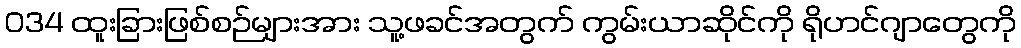
034 ထူးခြားဖြစ်စဉ်များအား သူ့ဖခင်အတွက် ကွမ်းယာဆိုင်ကို ရိုဟင်ဂျာတွေကို